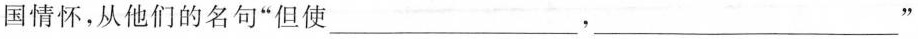
国情怀，从他们的名句”但使___，___”